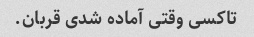
تاکسی وقتی آماده شدی قربان.